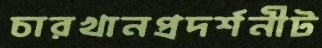
চারখানপ্রদর্শনীট